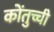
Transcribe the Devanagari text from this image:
कोंतुच्ची